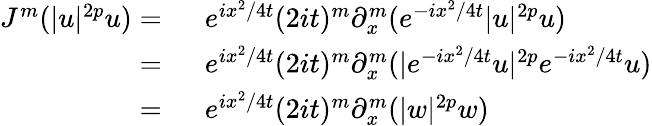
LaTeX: \begin{array}{rl}{J^{m}(|u|^{2p}u)=\ }&{e^{ix^{2}/4t}(2it)^{m}\partial_{x}^{m}(e^{-ix^{2}/4t}|u|^{2p}u)}\\ {=\ }&{e^{ix^{2}/4t}(2it)^{m}\partial_{x}^{m}(|e^{-ix^{2}/4t}u|^{2p}e^{-ix^{2}/4t}u)}\\ {=\ }&{e^{ix^{2}/4t}(2it)^{m}\partial_{x}^{m}(|w|^{2p}w)}\end{array}